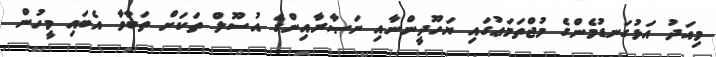
މިއަދު އަޅުގަނޑުމެންގެ މުޖްތަމަޢުގައި ޔަހޫދީންނާއި ނަޞާރާއިންގެ އުސޫލް ތަކަށް ތަބާވާ އެބައި މީހުން